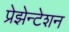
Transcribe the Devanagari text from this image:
प्रेझेन्टेशन